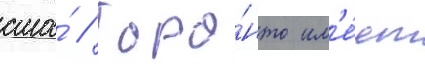
сша́ // Торо́нто им'е́ет